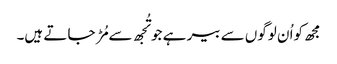
مجھ کواُ ن لوگوں سے بیر ہے جو تُجھ سے مُڑ جا تے ہیں۔